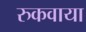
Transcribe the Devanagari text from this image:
रुकवाया